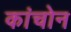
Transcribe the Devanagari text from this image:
कांचोन